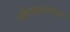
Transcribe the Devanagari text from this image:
साहित्यक्षेत्रातदेखिल